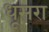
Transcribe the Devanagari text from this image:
धूसरा